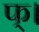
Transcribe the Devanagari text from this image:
फ्।